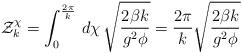
LaTeX: \begin{align*}{\cal Z}_{k}^{\chi}= \int^{\frac{2\pi}{k}}_{0}\, d\chi\, \sqrt{\frac{2\beta k}{g^{2}\phi}} = \frac{2\pi}{k} \sqrt{\frac{2\beta k}{g^{2}\phi}} \end{align*}